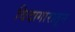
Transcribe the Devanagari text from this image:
विदागारातून